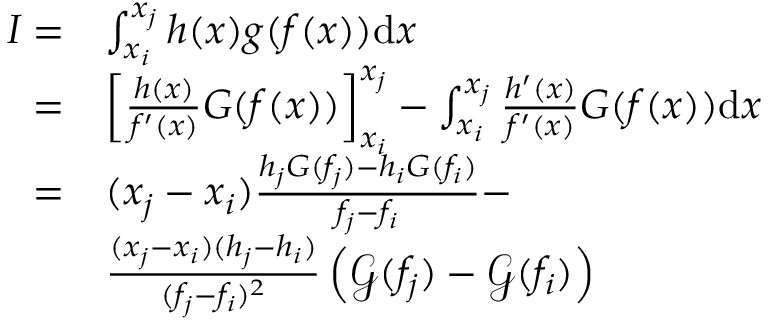
\begin{array} { r l } { I = } & { \int _ { x _ { i } } ^ { x _ { j } } h ( x ) g ( f ( x ) ) \mathrm { d } x } \\ { = } & { \left[ \frac { h ( x ) } { f ^ { \prime } ( x ) } G ( f ( x ) ) \right] _ { x _ { i } } ^ { x _ { j } } - \int _ { x _ { i } } ^ { x _ { j } } \frac { h ^ { \prime } ( x ) } { f ^ { \prime } ( x ) } G ( f ( x ) ) \mathrm { d } x } \\ { = } & { ( x _ { j } - x _ { i } ) \frac { h _ { j } G ( f _ { j } ) - h _ { i } G ( f _ { i } ) } { f _ { j } - f _ { i } } - } \\ & { \frac { ( x _ { j } - x _ { i } ) ( h _ { j } - h _ { i } ) } { ( f _ { j } - f _ { i } ) ^ { 2 } } \left( \mathcal { G } ( f _ { j } ) - \mathcal { G } ( f _ { i } ) \right) } \end{array}